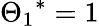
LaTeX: {{\Theta_{1}}^{*}}=1